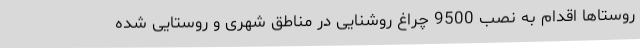
روستاها اقدام به نصب 9500 چراغ روشنایی در مناطق شهری و روستایی شده